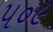
પ૦૯